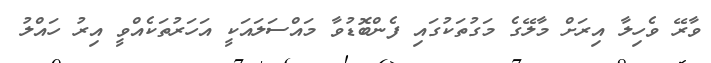
ވާރޭ ވެހިލާ އިރަށް މާލޭގެ މަގުތަކުގައި ފެންބޮޑުވާ މައްސަލައަކީ އަހަރުތަކެއްވީ އިރު ހައްލު